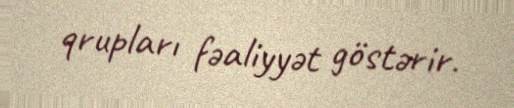
qrupları fəaliyyət göstərir.